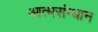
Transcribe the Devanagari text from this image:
आत्मसंन्धान